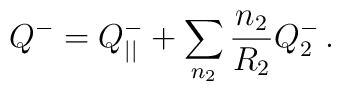
Q^-=Q^-_{||}+\sum_{n_2} \frac{n_2}{R_2} Q^-_2\,.